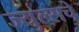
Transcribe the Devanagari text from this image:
ज्युल्सचे